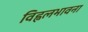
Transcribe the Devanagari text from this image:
विह्वलभावना